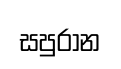
සපුරාන